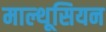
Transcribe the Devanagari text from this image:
माल्थूसियन